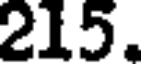
215.